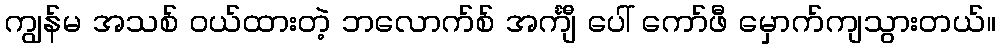
ကျွန်မ အသစ် ဝယ်ထားတဲ့ ဘလောက်စ် အင်္ကျီ ပေါ် ကော်ဖီ မှောက်ကျသွားတယ်။